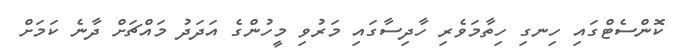
ކޮންސެޓްގައި ހިނގި ހިތާމަވެރި ހާދިސާގައި މަރުވި މީހުންގެ އަދަދު މައްޗަށް ދާނެ ކަމަށް